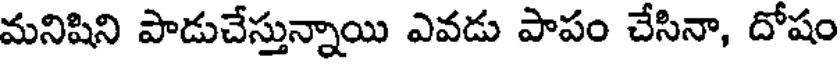
మనిషిని పాడుచేస్తున్నాయి ఎవడు పాపం చేసినా, దోషం